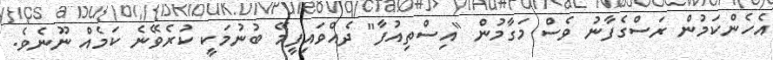
އެހެންކަމުން ރަސްގެފާނު ވެސް މަގާމުން "އިސްތިއުފާ" ދެއްވައިފީމޭ ބުނުމަކީ ކުރެވޭނެ ކަމެއް ނޫނެވެ.